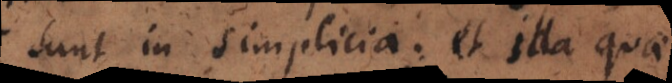
sunt in simplicia; et illa quae